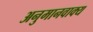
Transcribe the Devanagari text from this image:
अनुमानवाक्य